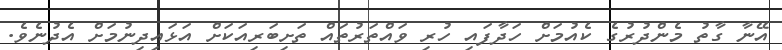
އޭނާ ގާތު މެންދުރުގެ ކެއުމަށް ހަދާފައި ހުރި ވައްތަރުތައް ތަށިބަރިއަކަށް އަޅައިދިނުމަށް އެދުނެވެ.